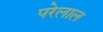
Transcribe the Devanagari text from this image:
परेलाल